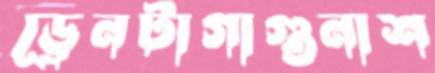
ড্রেনটাগাগুনাশ